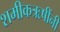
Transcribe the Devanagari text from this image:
शमीकऋषींनी